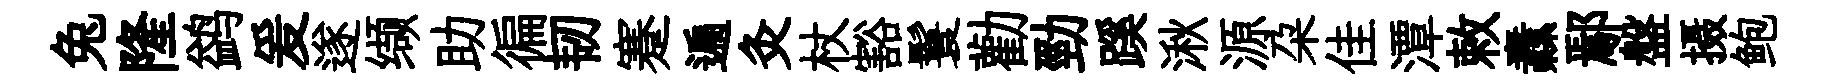
兔隆鹢爰遂缬助徧韧蹇遍灸杖豁鬟勸勁蹊湫源朶佳潭敕纛鄢盤摄鲍